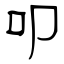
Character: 叩